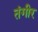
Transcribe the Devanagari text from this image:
तंगीर